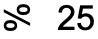
% 25